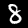
Label: 8